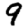
Digit: 9